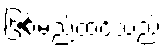
ဖြစ်မည်ထင်သည်